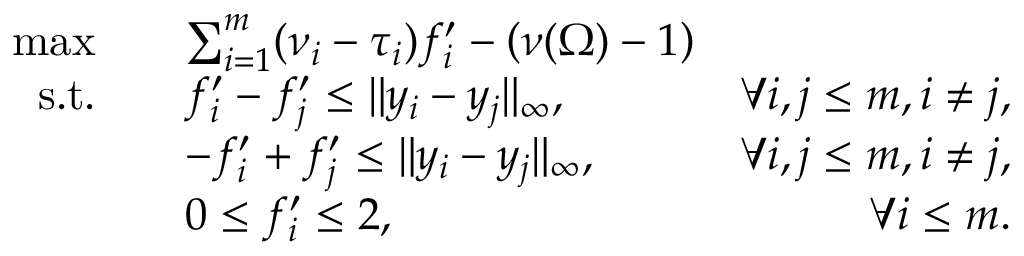
\begin{array} { r l r } { \operatorname* { m a x } \quad } & { \sum _ { i = 1 } ^ { m } ( \nu _ { i } - \tau _ { i } ) f _ { i } ^ { \prime } - \left( \nu ( \Omega ) - 1 \right) } \\ { \mathrm { s . t . } \quad } & { f _ { i } ^ { \prime } - f _ { j } ^ { \prime } \leq \| y _ { i } - y _ { j } \| _ { \infty } , } & { \forall i , j \leq m , i \not = j , } \\ & { - f _ { i } ^ { \prime } + f _ { j } ^ { \prime } \leq \| y _ { i } - y _ { j } \| _ { \infty } , } & { \forall i , j \leq m , i \not = j , } \\ & { 0 \leq f _ { i } ^ { \prime } \leq 2 , } & { \forall i \leq m . } \end{array}